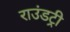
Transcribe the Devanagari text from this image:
राउंडट्री